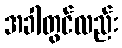
အခါတွင်လည်း